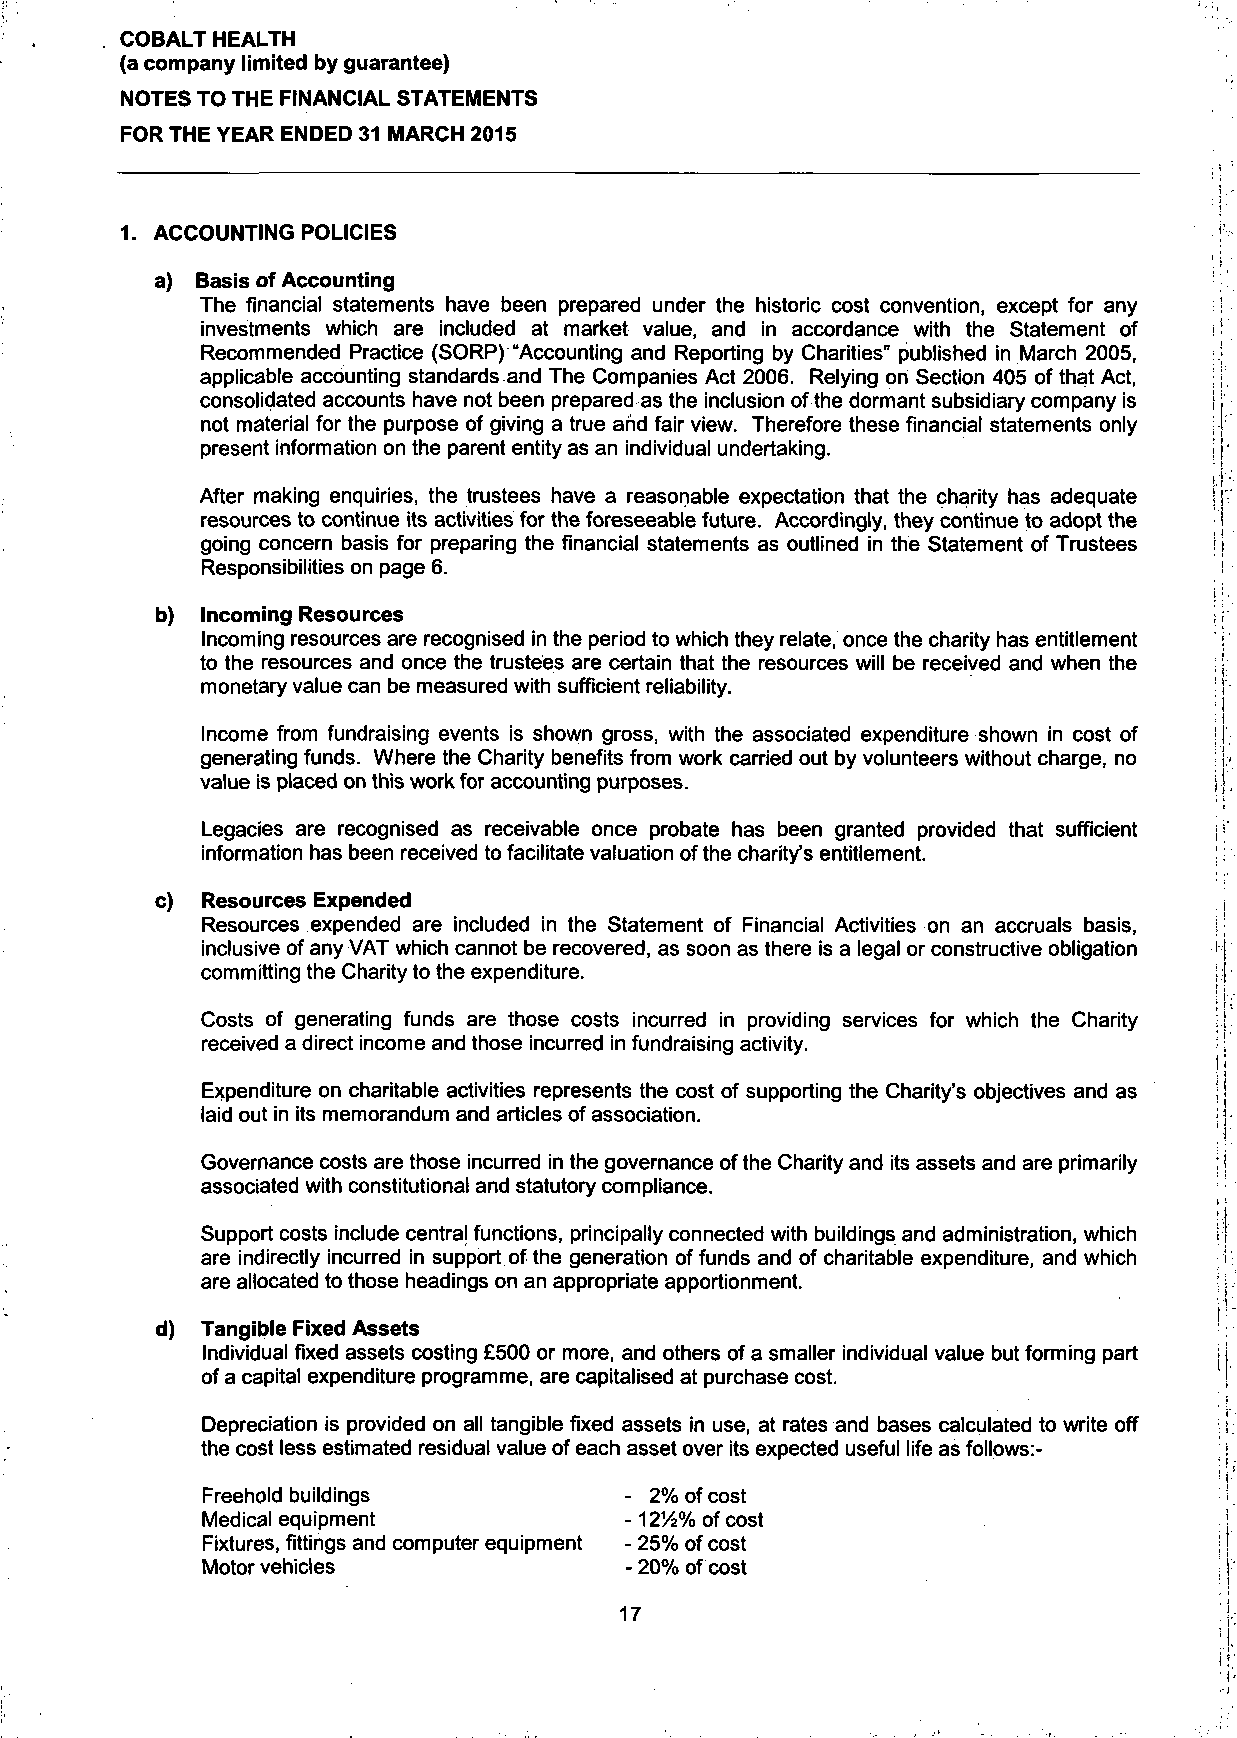
COBALT HEALTH
 (a company limited by guarantee)
 NOTES TO THE FINANCIAL STATEMENTS
 FOR THE YEAR ENDED 31 MARCH 2015
 1. ACCOUNTING POLICIES
 a) Basis of Accounting
 The financial statements have been prepared under the historic cost convention, except for any
 investments which are included at market value, and in accordance with the Statement of
 Recommended Practice (SORP)"Accounting and Reporting by Charities" published in March 2005,
 applicable accounting standards and The Companies Act 2006. Relying on Section 405 of that Act,
 consolidated accounts have not been prepared as the inclusion of the dormant subsidiary company is
 not material for the purpose of giving a true ahd fair view. Therefore these financial statements only
 present information on the parent entity as an individual undertaking.
 After making enquiries, the trustees have a reasonable expectation that the charity has adequate
 resources to continue its activities for the foreseeable future. Accordingly, they continue to adopt the
 going concern basis for preparing the financial statements as outlined in the Statement of Trustees
 Responsibilities on page 6.
 b) Incoming Resources
 Incoming resources are recognised in the period to which they relate, once the charity has entitlement
 to the resources and once the trustees are certain that the resources will be received and when the
 monetary value can be measured with sufficient reliability.
 Income from fundraising events is shown gross, with the associated expenditure shown in cost of
 generating funds. Where the Charity benefits from work carried out by volunteers without charge, no
 value is placed on this work for accounting purposes.
 Legacies are recognised as receivable once probate has been granted provided that sufficient
 information has been received to facilitate valuation of the charity's entitlement.
 c) Resources Expended
 Resources expended are included in the Statement of Financial Activities on an accruals basis,
 inclusive of any VAT which cannot be recovered, as soon as there is a legal or constructive obligation
 committing the Charity to the expenditure.
 Costs of generating funds are those costs incurred in providing services for which the Charity
 received a direct income and those incurred in fundraising activity.
 Expenditure on charitable activities represents the cost of supporting the Charity's objectives and as
 laid out in its memorandum and articles of association.
 Governance costs are those incurred in the governance of the Charity and its assets and are primarily
 associated with constitutional and statutory compliance.
 Support costs include centra! functions, principally connected with buildings and administration, which
 are indirectly incurred in support of the generation of funds and of charitable expenditure, and which
 are allocated to those headings on an appropriate apportionment.
 d) Tangible Fixed Assets
 Individual fixed assets costing £500 or more, and others of a smaller individual value but forming part
 of a capital expenditure programme, are capitalised at purchase cost.
 Depreciation is provided on all tangible fixed assets in use, at rates and bases calculated to write off
 the cost less estimated residual value of each asset over its expected useful life as follows:-
 Freehold buildings          - 2% of cost
 Medical equipment           -12Yi% of cost
 Fixtures, fittings and computer equipment - 25% of cost
 Motor vehicles              - 20% of cost
 17